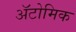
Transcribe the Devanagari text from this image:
ॲटोमिक